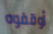
أوقفوه